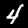
Digit: 4